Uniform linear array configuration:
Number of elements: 24
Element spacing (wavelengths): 1
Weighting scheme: uniform
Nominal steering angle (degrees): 30
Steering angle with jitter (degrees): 28.769
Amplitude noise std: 0.05
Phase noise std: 0.05

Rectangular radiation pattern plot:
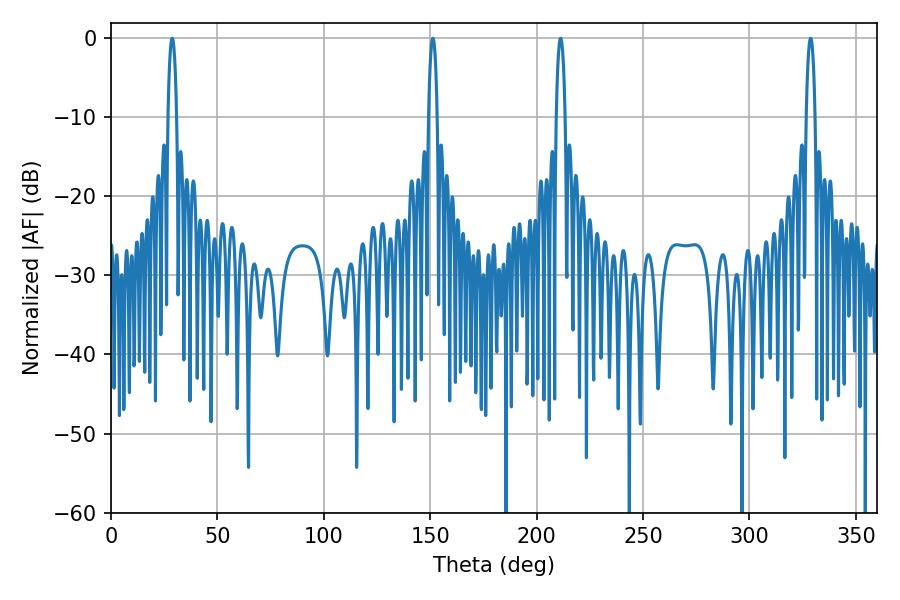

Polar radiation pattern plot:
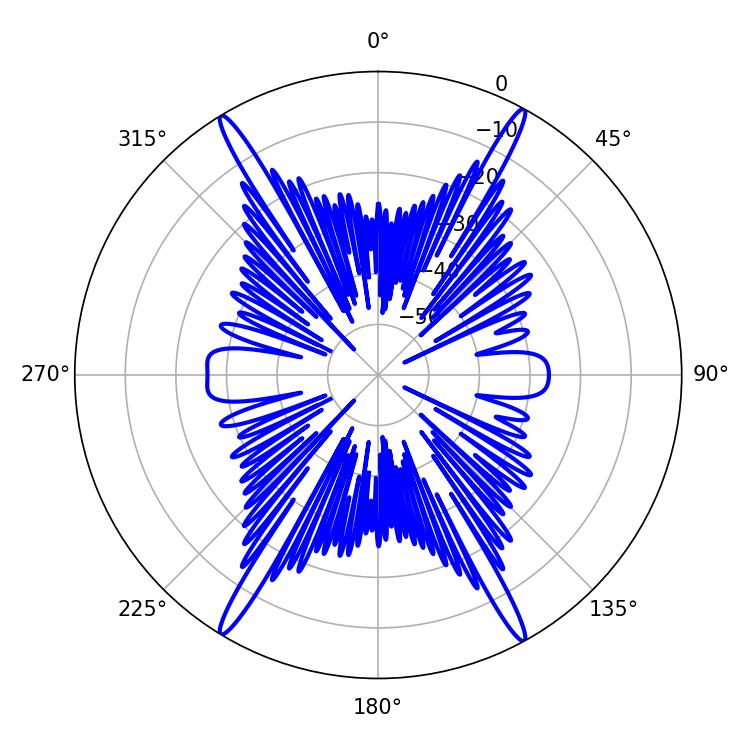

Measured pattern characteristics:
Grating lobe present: TRUE
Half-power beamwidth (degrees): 2.16
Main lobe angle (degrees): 151.2